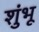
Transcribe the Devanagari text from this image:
शुंभू